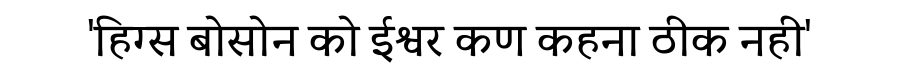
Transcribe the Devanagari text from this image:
'हिग्स बोसोन को ईश्वर कण कहना ठीक नही'